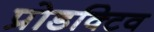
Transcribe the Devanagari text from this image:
प्रोडक्टिव